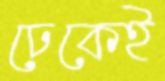
ঢেকেই